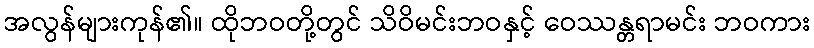
အလွန်များကုန်၏။ ထိုဘဝတို့တွင် သိဝိမင်းဘဝနှင့် ဝေဿန္တရာမင်း ဘဝကား